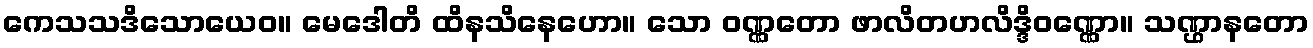
ကေသသဒိသောယေဝ။ မေဒေါတိ ထိနသိနေဟော။ သော ဝဏ္ဏတော ဖာလိတဟလိဒ္ဒိဝဏ္ဏော။ သဏ္ဌာနတော